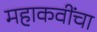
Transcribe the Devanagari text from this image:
महाकवींचा